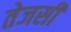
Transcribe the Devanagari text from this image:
तेजसी